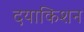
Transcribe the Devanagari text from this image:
दयाकिशन